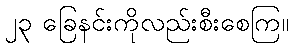
၂၃ ခြေနင်းကိုလည်းစီးစေကြ။